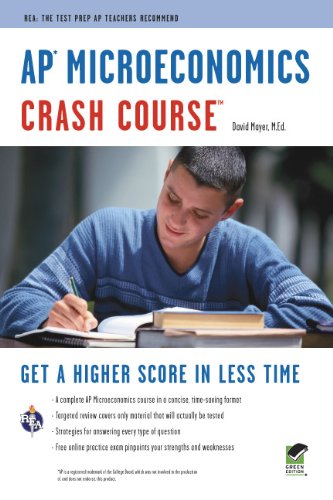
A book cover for APÂ® Microeconomics Crash Course Book + Online (Advanced Placement (AP) Crash Course); David Mayer; Test Preparation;